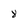
Character: 8